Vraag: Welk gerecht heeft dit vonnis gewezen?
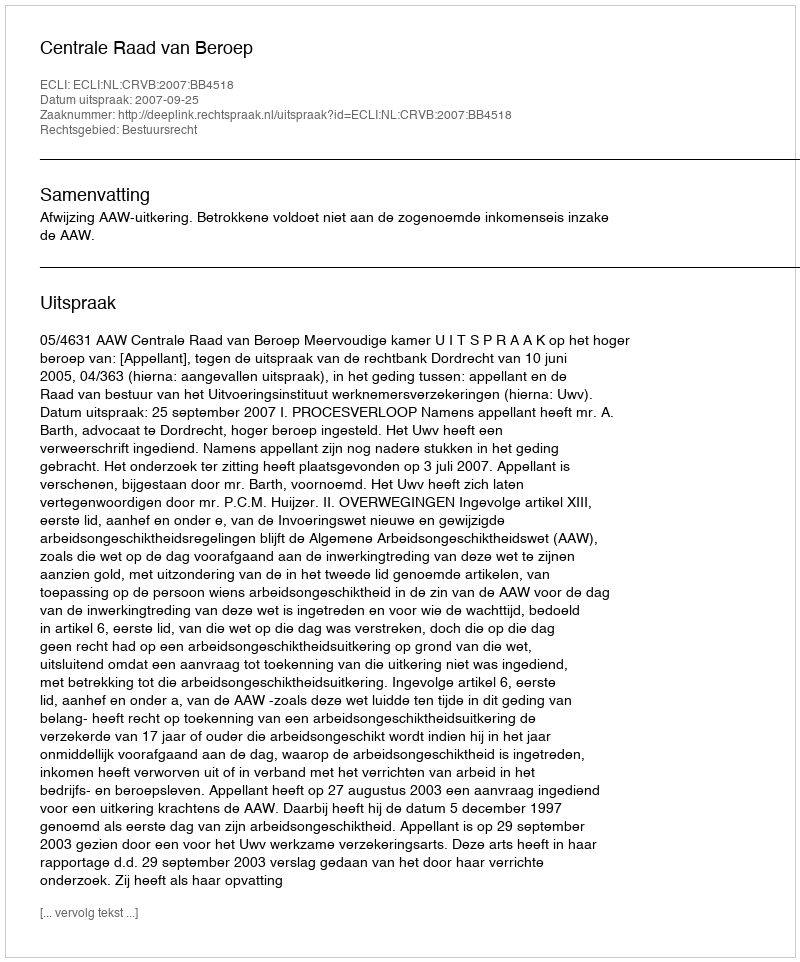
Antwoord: Centrale Raad van Beroep